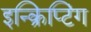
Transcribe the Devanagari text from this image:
इन्क्रिप्टिंग